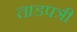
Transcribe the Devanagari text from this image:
ताडपत्री